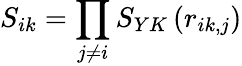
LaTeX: S_{ik}=\prod_{j\neq i}S_{YK}\left(r_{ik,j}\right)